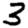
Digit: 3